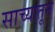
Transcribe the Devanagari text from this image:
साच्यातून